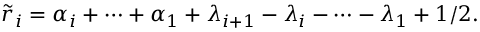
\tilde { r } _ { i } = \alpha _ { i } + \cdots + \alpha _ { 1 } + \lambda _ { i + 1 } - \lambda _ { i } - \cdots - \lambda _ { 1 } + 1 / 2 .